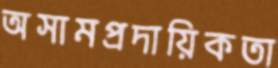
অসামপ্রদায়িকতা